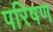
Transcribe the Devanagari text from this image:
परिषण